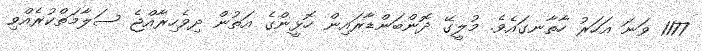
1177 ވަނަ އަހަރު ހާތާނގައެވެ. މުލީގޭ ދޮންބަންޑާރައިން ހޮޅީންގެ އަތުން ދިވެހިރާއްޖެ ސަލާމަތްކުރެއްވި